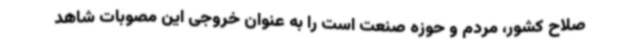
صلاح کشور، مردم و حوزه صنعت است را به عنوان خروجی این مصوبات شاهد